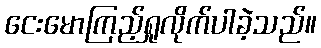
ငေးမောကြည့်ရှုလိုက်ပါခဲ့သည်။